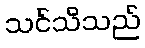
သင်သိသည်